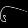
Digit: ၆